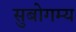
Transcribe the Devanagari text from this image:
सुबोगम्य